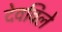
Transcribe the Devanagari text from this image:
देवविले